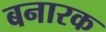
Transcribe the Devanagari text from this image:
बनारक